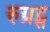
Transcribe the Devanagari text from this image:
रुग्रट्स